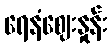
ရေနံဈေးနှုန်း